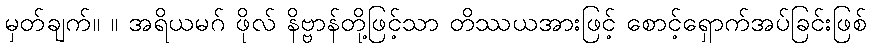
မှတ်ချက်။ ။ အရိယမဂ် ဖိုလ် နိဗ္ဗာန်တို့ဖြင့်သာ တိဿယအားဖြင့် စောင့်ရှောက်အပ်ခြင်းဖြစ်